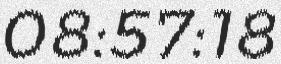
08:57:18